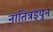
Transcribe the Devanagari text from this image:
नातिन्रइयुन